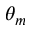
\theta _ { m }